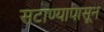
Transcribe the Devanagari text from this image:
सटाण्यापासून